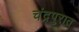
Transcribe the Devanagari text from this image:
चंद्रपुरात